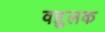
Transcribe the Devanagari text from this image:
वहुलक